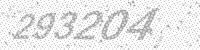
Solution: 293204